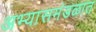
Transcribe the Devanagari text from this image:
अभ्यासमंडळात